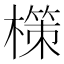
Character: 𭬂